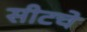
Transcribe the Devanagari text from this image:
सीटचे